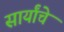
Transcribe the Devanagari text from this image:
सार्यांचे